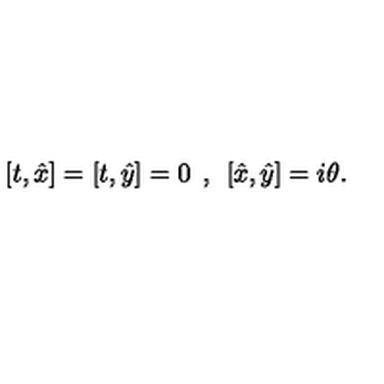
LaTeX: [ t , \hat { x } ] = [ t , \hat { y } ] = 0 \: \: , \: \: [ \hat { x } , \hat { y } ] = i \theta .